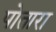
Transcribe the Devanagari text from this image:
पोतारा